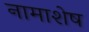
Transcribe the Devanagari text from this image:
नामाशेष